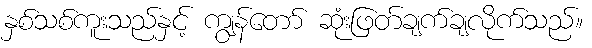
နှစ်သစ်ကူးသည်နှင့် ကျွန်တော် ဆုံးဖြတ်ချက်ချလိုက်သည်။